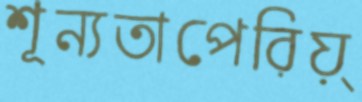
শূন্যতাপেরিয়্